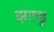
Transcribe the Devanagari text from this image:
झाण्डु